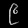
Digit: ၉